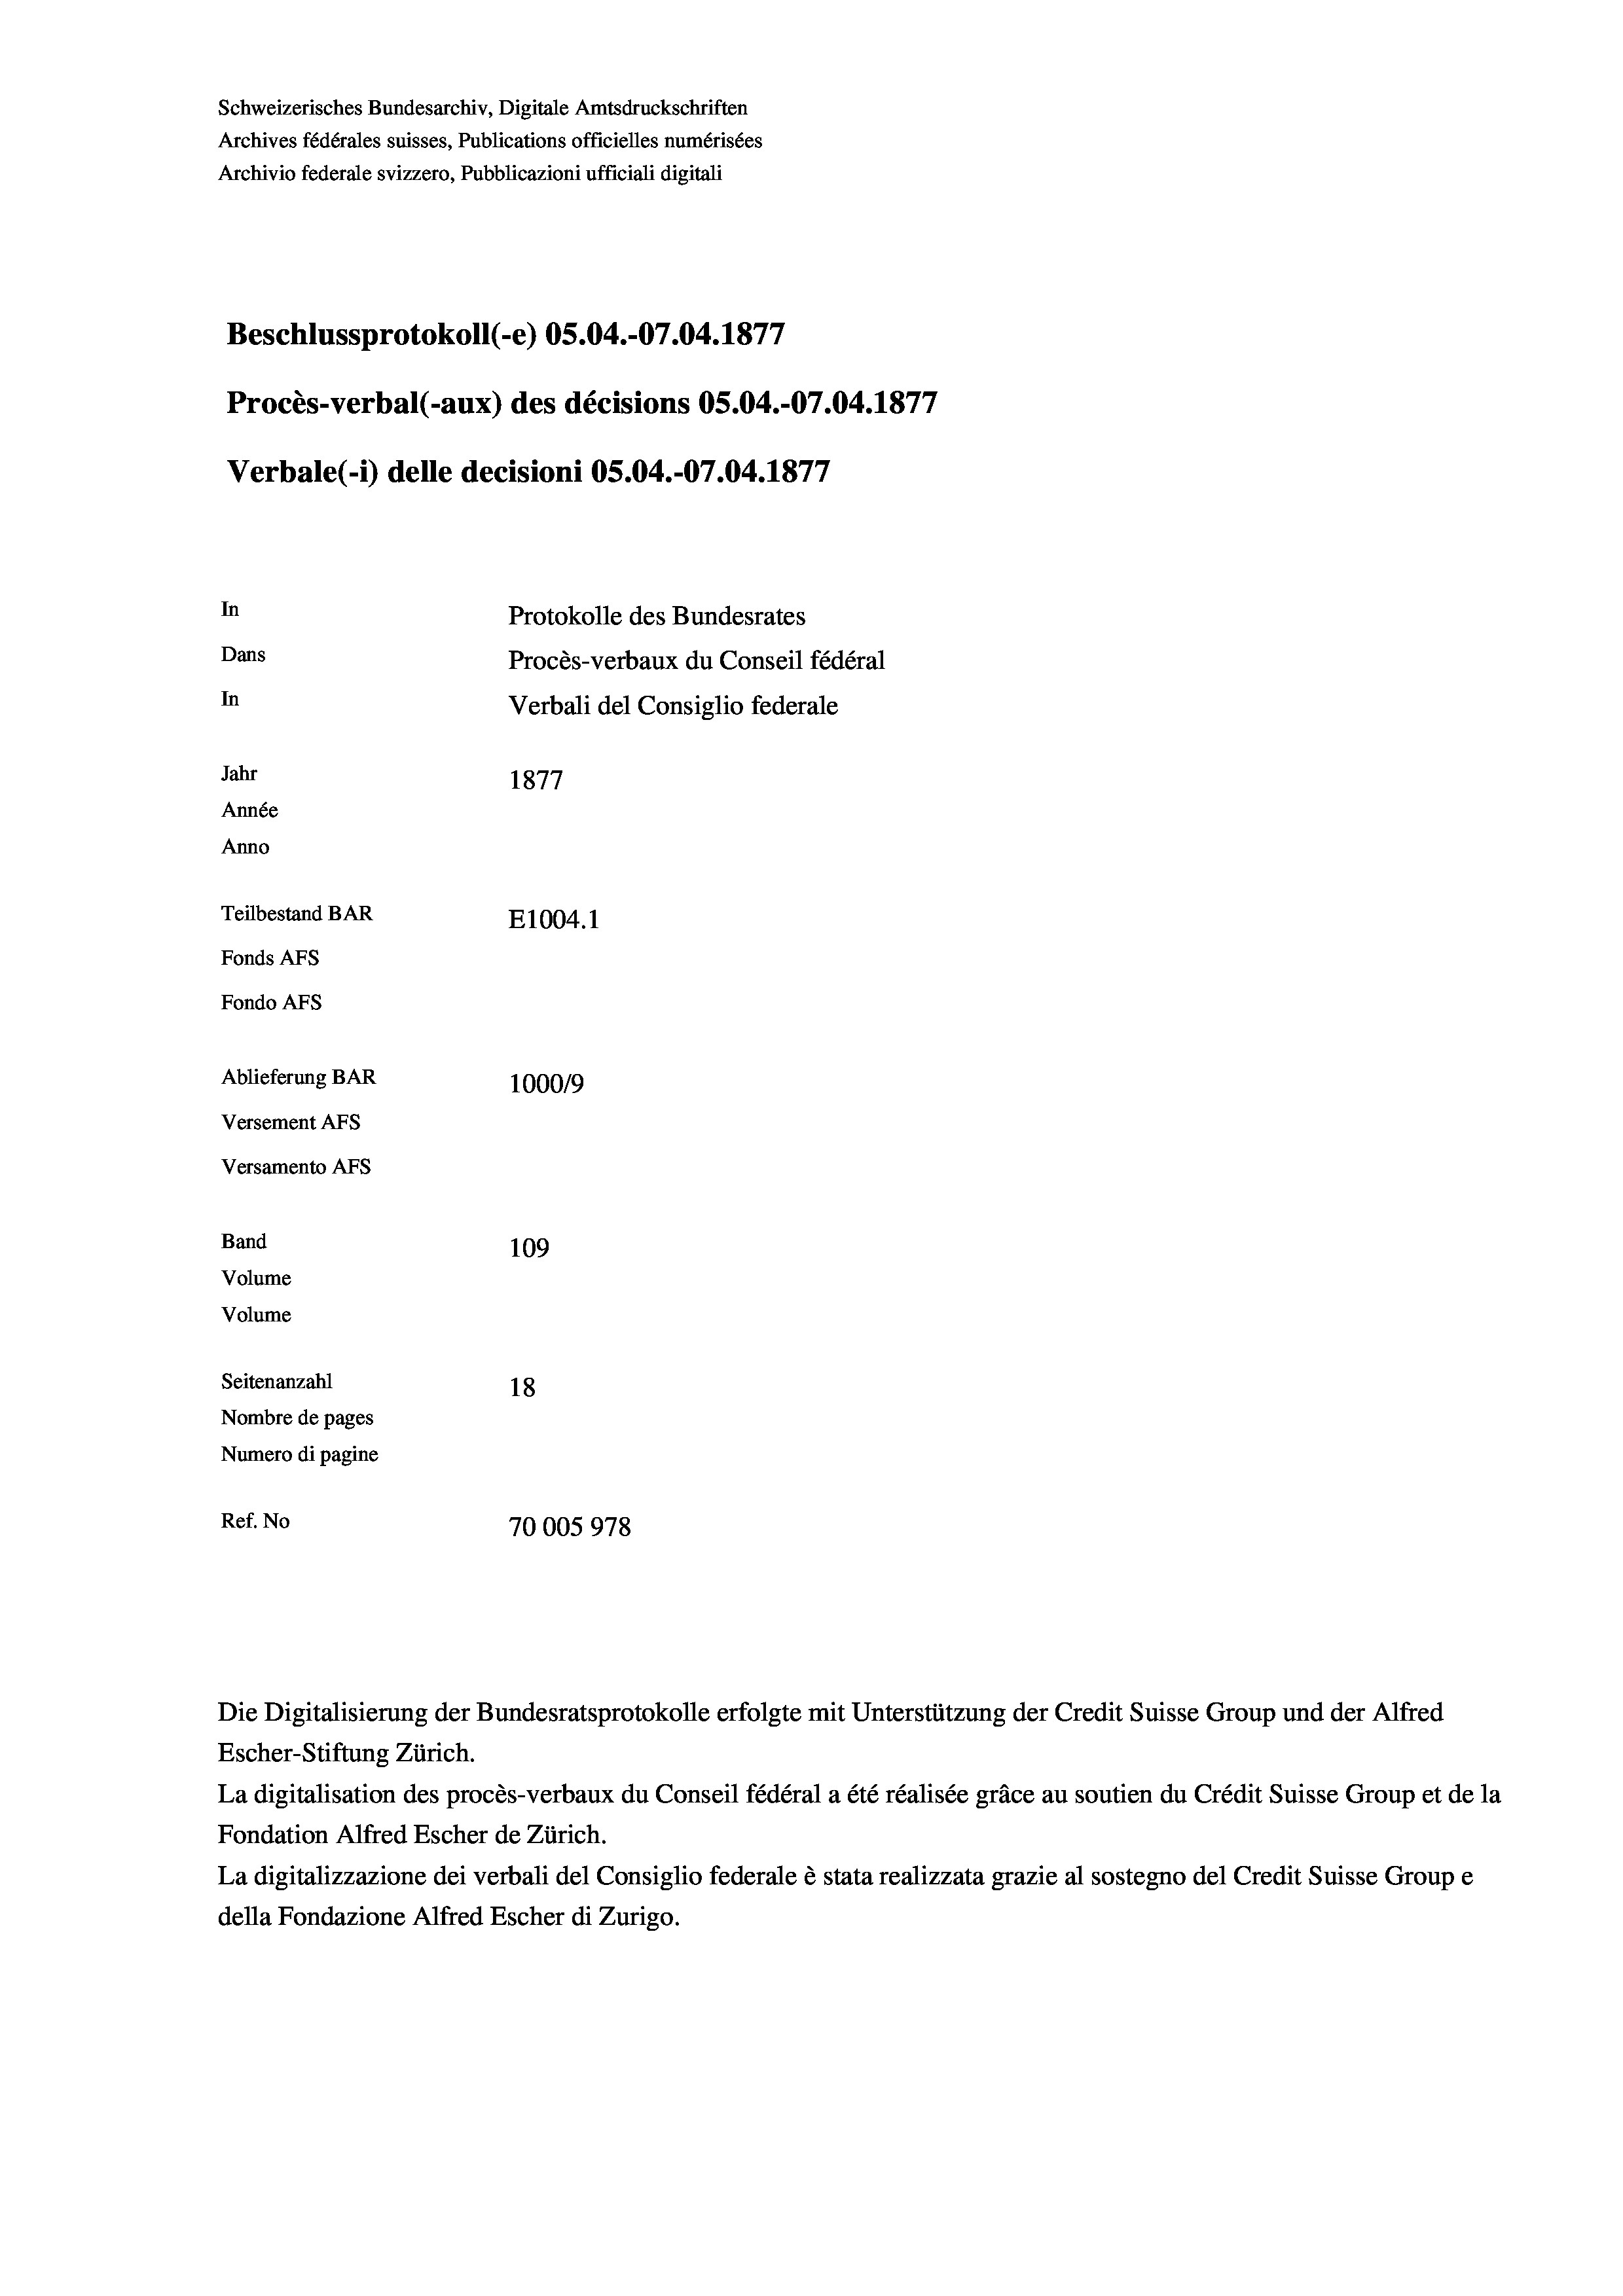
Schweizerisches Bundesarchiv, Digitale Amtsdruckschriften
Archives fédérales suisses, Publications officielles numérisées
Archivio federale svizzero, Pubblicazioni ufficiali digitali
Beschlussprotokoll (-e) OS.04.-07.04. 1877
Procès-verbal (-aux) des décisions OS.04.-07.04. 1877
Verbale(*) delle decisioni OS.04.-07.04. 1877
In
Protokolle des Bundesrates
Dans
Procès-verbaux du Conseil fédéral
In
Verbali del Consiglio federale
Jahr
1877
Année
Anno
Teilbestand BAR
E1004.1
Fonds AFs
Fondo AFs
Ablieferung BAR
100019
Versement AFs
Versamento Afs
Band
109
Volume
Volume

Seitenanzahl
18
Nombre de pages
Numero di pagine
Ref. No
70005978

Escher-Stiftung Zürich.
La digitalisation des procès-verbaux du Conseil fédéral a été réalisée gräce au soutien du Crédit Suisse Group et de la
Fondation Alfred Escher de Zürich.
La digitalizzazione dei verbali del Consiglio federale è stata realizzata grazie al sostegno del Credit Suisse Groupe
della Fondazione Alfred Escher di Zurigo.

Die Digitalisierung der Bundesratsprotokolle erfolgte mit Unterstützung der Credit Suisse Group und der Alfred